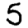
Digit: 5